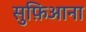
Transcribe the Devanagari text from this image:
सुफ़िआना